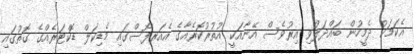
އެކަމަކު ދެމީހުން ބައްދަލުވި އިރުވެސް އޭނާއަކީ އުތުރުކޮރެއާގެ އެއަރފޯސްގައި މެޑިކަލް ޑޮކްޓަރެއްގެ ގޮތުގައި